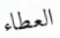
العطاء